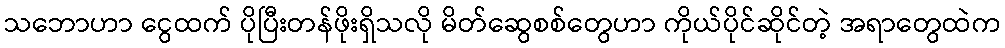
သဘောဟာ ငွေထက် ပိုပြီးတန်ဖိုးရှိသလို မိတ်ဆွေစစ်တွေဟာ ကိုယ်ပိုင်ဆိုင်တဲ့ အရာတွေထဲက